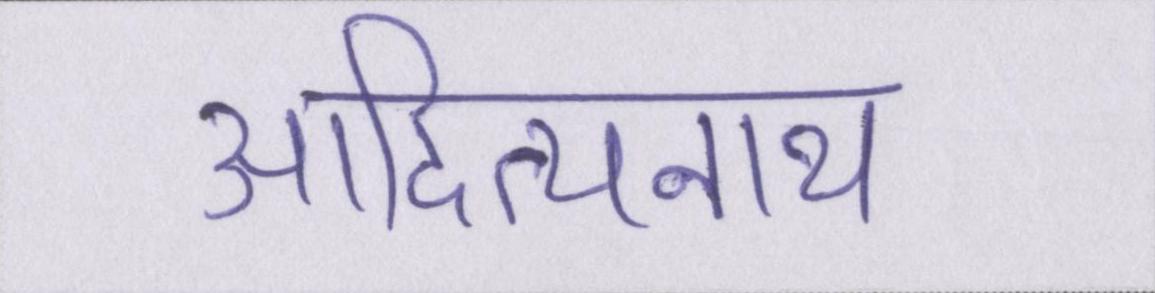
आदित्यनाथ